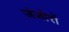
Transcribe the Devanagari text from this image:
जंजोरों